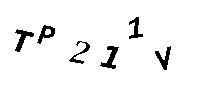
TP211V